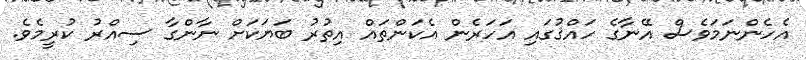
އެހެންނަމަވެސް އޭނާގެ ހައްޤުގައި އަހަރެން އެކަންތައް އިތުރު ބަޔަކަށް ނާންގާ ސިއްރު ކުރީމެވެ.